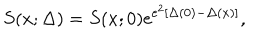
S ( x ; \Delta ) = S ( x ; 0 ) \mathrm { e } ^ { e ^ { 2 } [ \Delta ( 0 ) - \Delta ( x ) ] } ,